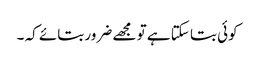
کوئی بتا سکتا ہے تو مجھے ضرور بتائے کہ ۔